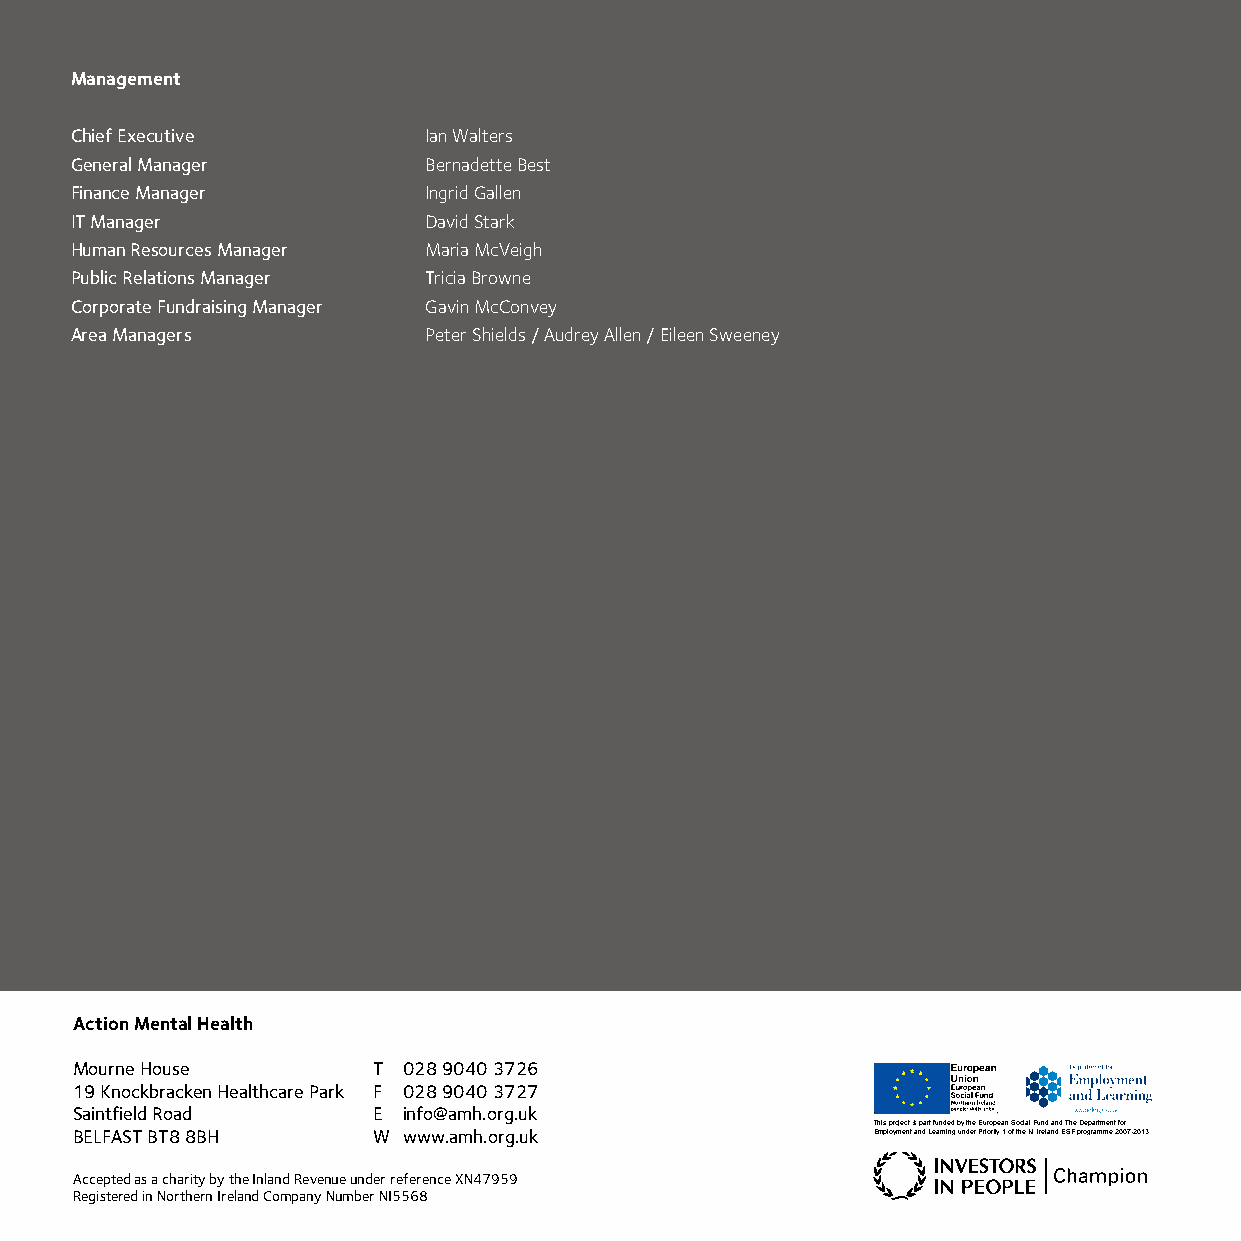
Management
 Chief Executive        Ian Walters
 General Manager        Bernadette Best
 Finance Manager        Ingrid Gallen
 IT Manager             David Stark
 Human Resources Manager Maria McVeigh
 Public Relations Manager Tricia Browne
 Corporate Fundraising Manager Gavin McConvey
 Area Managers          Peter Shields / Audrey Allen / Eileen Sweeney
 Action Mental Health
 Mourne House        T 028 9040 3726
 19 Knockbracken Healthcare Park F 028 9040 3727
 Saintfield Road     E info@amh.org.uk
 This project is part funded by the European Social Fund and The Department for
 BELFAST BT8 8BH     W www.amh.org.uk                 Employment and Learning under Priority 1 of the N. Ireland ESF programme 2007-2013
 Accepted as a charity by the Inland Revenue under reference XN47959
 Registered in Northern Ireland Company Number NI5568